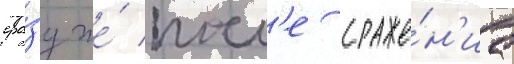
сра́зу же́ посл'е сраже́н'иа